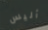
أليس